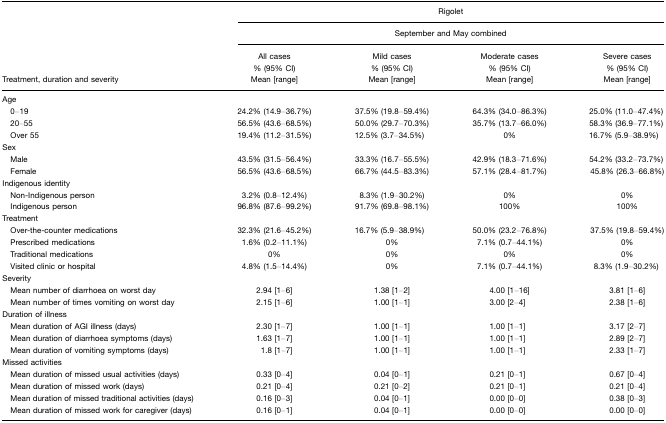
<table><thead><tr><td></td><td colspan="4"><b>Rigolet</b></td></tr><tr><td></td><td colspan="4"><b>September and May combined</b></td></tr><tr><td><b>Treatment, duration and severity</b></td><td><b>All cases % (95% CI) Mean [range]</b></td><td><b>Mild cases % (95% CI) Mean [range]</b></td><td><b>Moderate cases % (95% CI) Mean [range]</b></td><td><b>Severe cases % (95% CI) Mean [range]</b></td></tr></thead><tbody><tr><td>Age</td><td></td><td></td><td></td><td></td></tr><tr><td> 0–19</td><td>24.2% (14.9–36.7%)</td><td>37.5% (19.8–59.4%)</td><td>64.3% (34.0–86.3%)</td><td>25.0% (11.0–47.4%)</td></tr><tr><td> 20–55</td><td>56.5% (43.6–68.5%)</td><td>50.0% (29.7–70.3%)</td><td>35.7% (13.7–66.0%)</td><td>58.3% (36.9–77.1%)</td></tr><tr><td> Over 55</td><td>19.4% (11.2–31.5%)</td><td>12.5% (3.7–34.5%)</td><td>0%</td><td>16.7% (5.9–38.9%)</td></tr><tr><td>Sex</td><td></td><td></td><td></td><td></td></tr><tr><td> Male</td><td>43.5% (31.5–56.4%)</td><td>33.3% (16.7–55.5%)</td><td>42.9% (18.3–71.6%)</td><td>54.2% (33.2–73.7%)</td></tr><tr><td> Female</td><td>56.5% (43.6–68.5%)</td><td>66.7% (44.5–83.3%)</td><td>57.1% (28.4–81.7%)</td><td>45.8% (26.3–66.8%)</td></tr><tr><td>Indigenous identity</td><td></td><td></td><td></td><td></td></tr><tr><td> Non-Indigenous person</td><td>3.2% (0.8–12.4%)</td><td>8.3% (1.9–30.2%)</td><td>0%</td><td>0%</td></tr><tr><td> Indigenous person</td><td>96.8% (87.6–99.2%)</td><td>91.7% (69.8–98.1%)</td><td>100%</td><td>100%</td></tr><tr><td>Treatment</td><td></td><td></td><td></td><td></td></tr><tr><td> Over-the-counter medications</td><td>32.3% (21.6–45.2%)</td><td>16.7% (5.9–38.9%)</td><td>50.0% (23.2–76.8%)</td><td>37.5% (19.8–59.4%)</td></tr><tr><td> Prescribed medications</td><td>1.6% (0.2–11.1%)</td><td>0%</td><td>7.1% (0.7–44.1%)</td><td>0%</td></tr><tr><td> Traditional medications</td><td>0%</td><td>0%</td><td>0%</td><td>0%</td></tr><tr><td> Visited clinic or hospital</td><td>4.8% (1.5–14.4%)</td><td>0%</td><td>7.1% (0.7–44.1%)</td><td>8.3% (1.9–30.2%)</td></tr><tr><td>Severity</td><td></td><td></td><td></td><td></td></tr><tr><td> Mean number of diarrhoea on worst day</td><td>2.94 [1–6]</td><td>1.38 [1–2]</td><td>4.00 [1–16]</td><td>3.81 [1–6]</td></tr><tr><td> Mean number of times vomiting on worst day</td><td>2.15 [1–6]</td><td>1.00 [1–1]</td><td>3.00 [2–4]</td><td>2.38 [1–6]</td></tr><tr><td>Duration of illness</td><td></td><td></td><td></td><td></td></tr><tr><td> Mean duration of AGI illness (days)</td><td>2.30 [1–7]</td><td>1.00 [1–1]</td><td>1.00 [1–1]</td><td>3.17 [2–7]</td></tr><tr><td> Mean duration of diarrhoea symptoms (days)</td><td>1.63 [1–7]</td><td>1.00 [1–1]</td><td>1.00 [1–1]</td><td>2.89 [2–7]</td></tr><tr><td> Mean duration of vomiting symptoms (days)</td><td>1.8 [1–7]</td><td>1.00 [1–1]</td><td>1.00 [1–1]</td><td>2.33 [1–7]</td></tr><tr><td>Missed activities</td><td></td><td></td><td></td><td></td></tr><tr><td> Mean duration of missed usual activities (days)</td><td>0.33 [0–4]</td><td>0.04 [0–1]</td><td>0.21 [0–1]</td><td>0.67 [0–4]</td></tr><tr><td> Mean duration of missed work (days)</td><td>0.21 [0–4]</td><td>0.21 [0–2]</td><td>0.21 [0–1]</td><td>0.21 [0–4]</td></tr><tr><td> Mean duration of missed traditional activities (days)</td><td>0.16 [0–3]</td><td>0.04 [0–1]</td><td>0.00 [0–0]</td><td>0.38 [0–3]</td></tr><tr><td> Mean duration of missed work for caregiver (days)</td><td>0.16 [0–1]</td><td>0.04 [0–1]</td><td>0.00 [0–0]</td><td>0.00 [0–0]</td></tr></tbody></table>